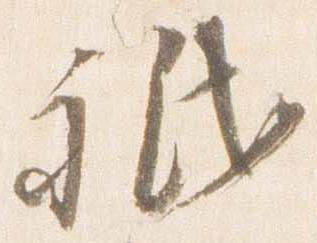
祇